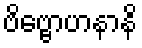
ဗိဗ္ဗောဟနာနိ